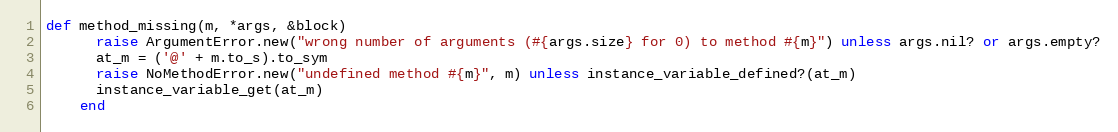
Language: Ruby
def method_missing(m, *args, &block)
      raise ArgumentError.new("wrong number of arguments (#{args.size} for 0) to method #{m}") unless args.nil? or args.empty?
      at_m = ('@' + m.to_s).to_sym
      raise NoMethodError.new("undefined method #{m}", m) unless instance_variable_defined?(at_m)
      instance_variable_get(at_m)
    end